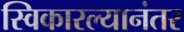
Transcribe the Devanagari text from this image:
स्विकारल्यानंतर